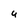
Character: u